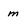
Character: m